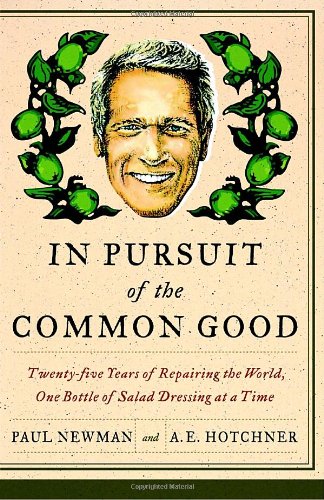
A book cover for In Pursuit of the Common Good: Twenty-Five Years of Improving the World, One Bottle of Salad Dressing at a Time; Paul Newman; Business & Money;